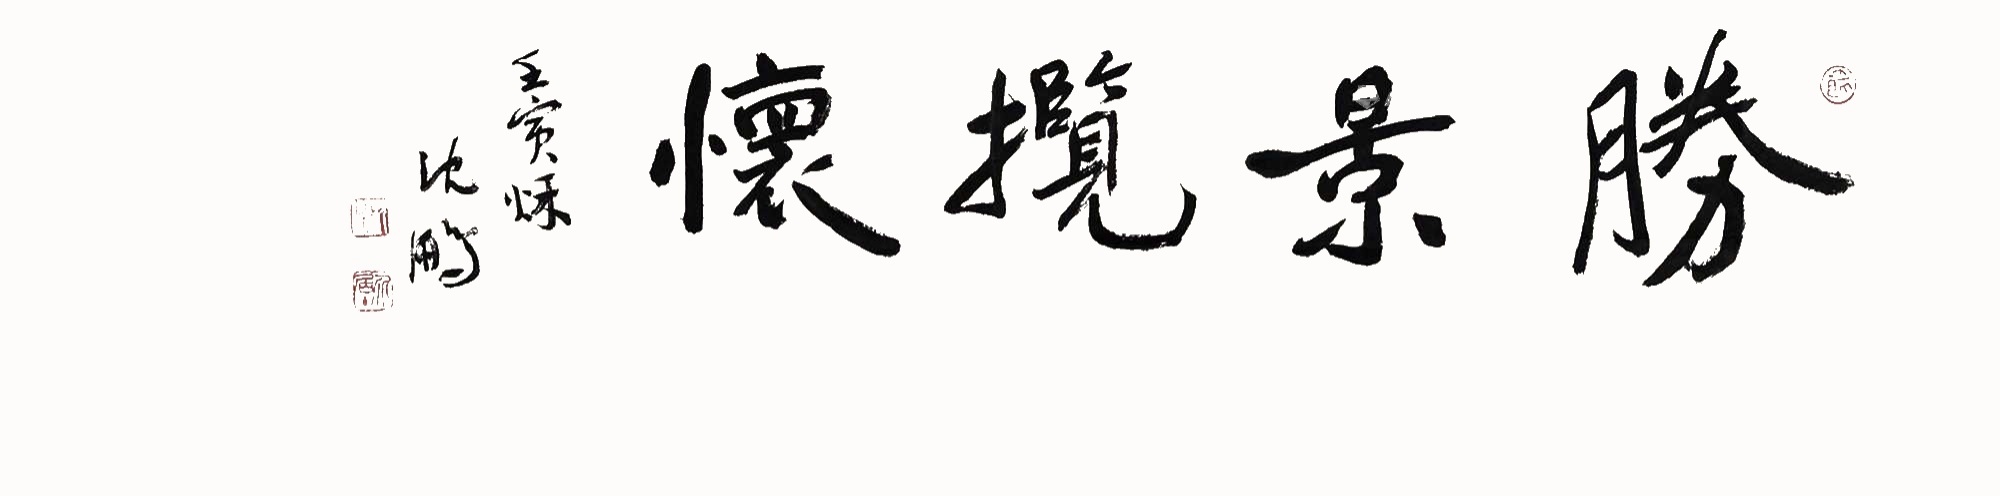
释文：胜景揽怀。壬寅秋，沈鹏。